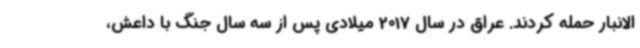
الانبار حمله کردند. عراق در سال 2017 میلادی پس از سه سال جنگ با داعش،